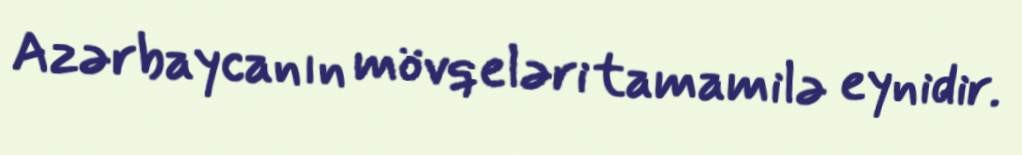
Azərbaycanın mövqeləri tamamilə eynidir.